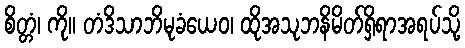
စိတ္တံ၊ ကို။ တံဒိသာဘိမုခံယေဝ၊ ထိုအသုဘနိမိတ်ရှိရာအရပ်သို့